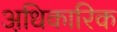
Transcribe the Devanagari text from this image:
अधि़कारिक